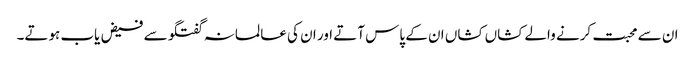
ان سے محبت کرنے والے کشاں کشاں ان کے پاس آتے اور ان کی عالمانہ گفتگو سے فیض یاب ہوتے۔